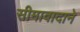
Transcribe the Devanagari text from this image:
सीमावादाने